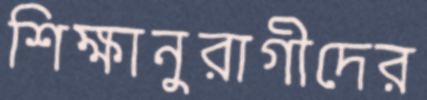
শিক্ষানুরাগীদের